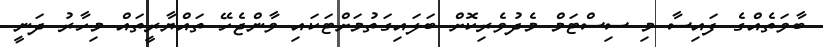
ބާވަތެއްގެ ފައިސާ މި ސިސްޓަމް މެދުވެރިކޮށް ބަލައިގަތުމަށްޓަކައި ވާންޖެހޭ ތައްޔާރީތައް މިހާރު ދަނީ